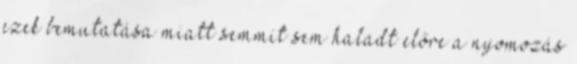
ezek bemutatása miatt semmit sem haladt előre a nyomozás